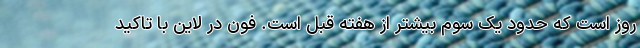
روز است که حدود یک سوم بیشتر از هفته قبل است. فون در لاین با تاکید